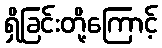
ရှိခြင်းတို့ကြောင့်